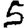
Digit: 5